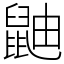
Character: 鼬